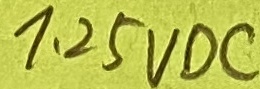
Text: 1.25VDC